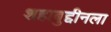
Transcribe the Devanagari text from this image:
शहाबुद्दीनला